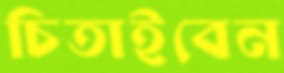
চিতাইবেন